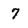
Character: 7